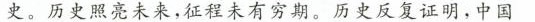
史。历史照亮未来，征程未有穷期。历史反复证明，中国